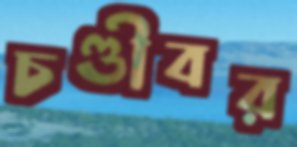
চণ্ডীবর